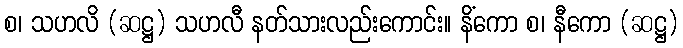
စ၊ သဟလိ (ဆဋ္ဌ) သဟလီ နတ်သားလည်းကောင်း။ နိံကော စ၊ နီကော (ဆဋ္ဌ)